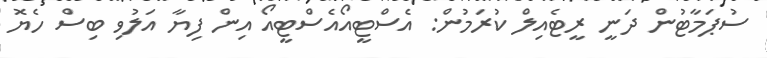
ސުޕަމާޓުން ދަނީ ރީޓެއިލް ކުރަމުން: އެސްޓީއޯއެސްޓީއޯ އިން ފިޔާ އަލުވި ބިސް ހެޔޮ